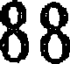
88